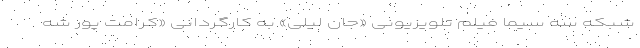
شبکه سه سیما فیلم تلویزیونی «جان لیلی» به کارگردانی «کرامت پور شه